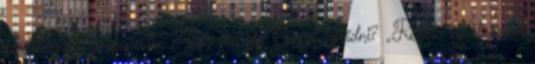
következnek Budapesten Hogy fog így Csepel fejlődni? „Régóta elhalasztott